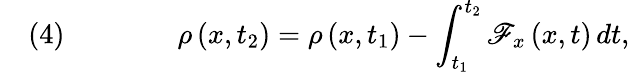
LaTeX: \quad(4)\qquad\qquad\rho\left(x,t_{2}\right)=\rho\left(x,t_{1}\right)-\int_{t_{1}}^{t_{2}}\mathscr{F}_{x}\left(x,t\right)\, dt,